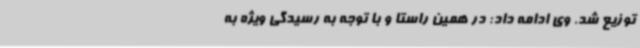
توزیع شد. وی ادامه داد: در همین راستا و با توجه به رسیدگی ویژه به